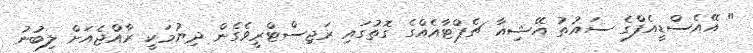
" އޭއެސްޑީއެފްގެ ސައުތު އޭޝިއާ ޗެޕްޓާއެއްގެ ގޮތުގައި ރަޖިސްޓްރީވެގެން ދިޔުމަކީ ރާއްޖެއަށް ލިބުނު